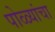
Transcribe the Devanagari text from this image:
पोळ्यांचा